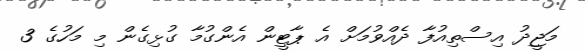
މަޖީދު އިސްތިއުފާ ދެއްވުމަށް އެ ޕާޓީން އެންގުމާ ގުޅިގެން މި މަހުގެ 3